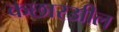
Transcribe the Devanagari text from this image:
कछार३ाील